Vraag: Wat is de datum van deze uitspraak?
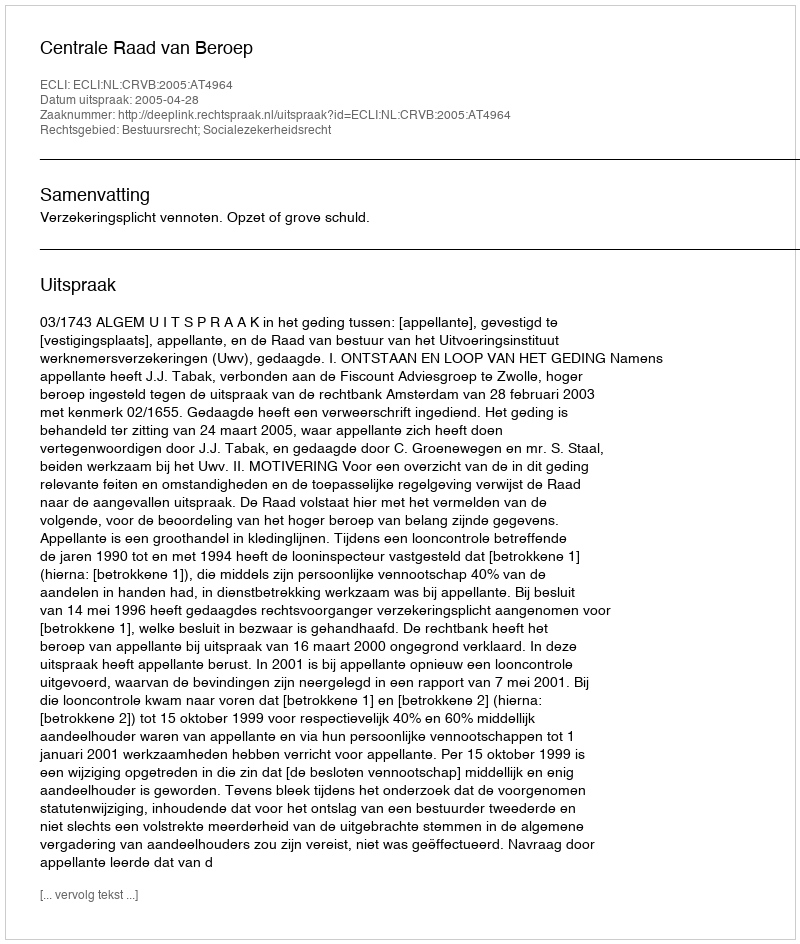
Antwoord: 2005-04-28